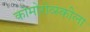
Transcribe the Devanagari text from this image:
कोमोरोव्स्कीला